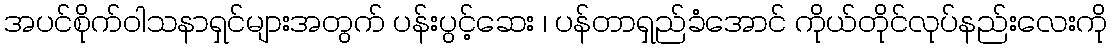
အပင်စိုက်ဝါသနာရှင်များအတွက် ပန်းပွင့်ဆေး ၊ ပန်တာရှည်ခံအောင် ကိုယ်တိုင်လုပ်နည်းလေးကို